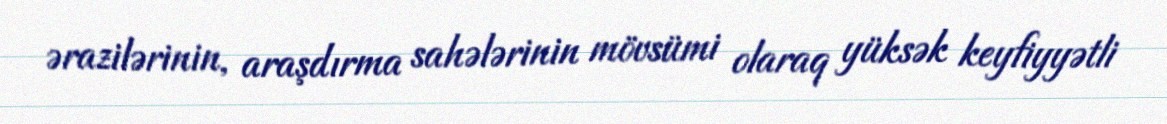
ərazilərinin, araşdırma sahələrinin mövsümi olaraq yüksək keyfiyyətli